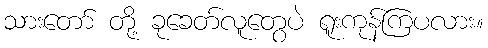
သားတော် တို့ ခုခေတ်လူတွေပဲ ရူးကုန်ကြပလား။